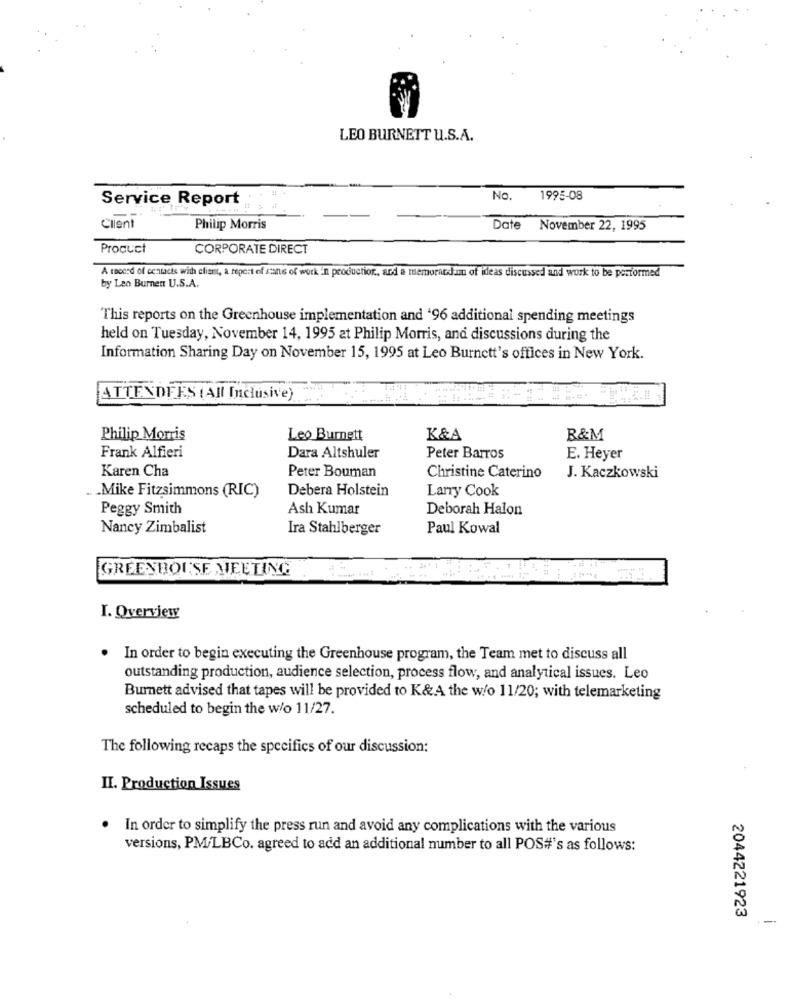
LEO BURNETT U.S.A.
Service Report
No.
1995-08
Client
Philip Morris
Date November 22, 1995
Product
CORPORATE DIRECT
A record of contacts with client, a report of sans of work in productor ., and a memoratann of ideas discussed and work to be performed
by Leo Burnett U.S.A.
This reports on the Greenhouse implementation and '96 additional spending meetings
held on Tuesday, November 14, 1995 at Philip Morris, and discussions during the
Information Sharing Day on November 15, 1995 at Leo Burnett's offices in New York.
ATTENDEES ( All Inclusive)
Philip Morris
Leo Burnett
K&A
R&M
Frank Alfieri
Dara Altshuler
Peter Barros
E. Heyer
Karen Cha
Peter Bouman
Christine Caterino
J. Kaczkowski
Debera Holstein
Larry Cook
.. . Mike Fitzsimmons (RIC)
Peggy Smith
Ash Kumar
Deborah Halon
Nancy Zimbalist
Ira Stahlberger
Paul Kowal
GREENHOUSE MEETING
I. Overview
In order to begin executing the Greenhouse program, the Team met to discuss all
outstanding production, audience selection, process flow, and analytical issues. Leo
Burnett advised that tapes will be provided to K&A the w/o 11/20; with telemarketing
scheduled to begin the w/o 11/27.
The following recaps the specifics of our discussion:
II. Production Issues
.
In order to simplify the press run and avoid any complications with the various
versions, PM/LBCo. agreed to add an additional number to all POS#'s as follows:
2044221923